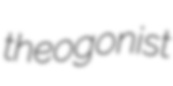
theogonist